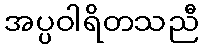
အပ္ပဝါရိတသညီ